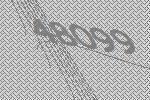
48099